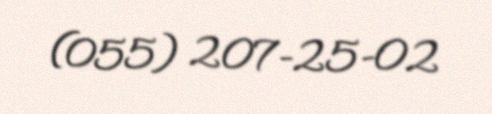
(055) 207-25-02